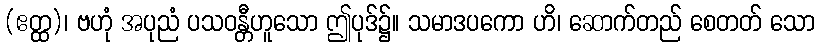
(ဧတ္ထ)၊ ဗဟုံ အပုညံ ပသဝန္တီဟူသော ဤပုဒ်၌။ သမာဒပကော ဟိ၊ ဆောက်တည် စေတတ် သော